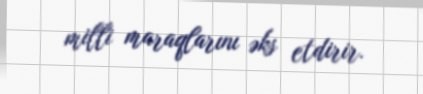
milli maraqlarını əks etdirir.